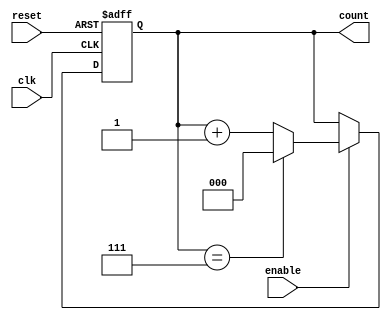
module modulus_counter #(
    parameter MODULUS = 8  // Set the modulus value (should be greater than 0)
)(
    input wire clk,        // Clock input
    input wire reset,      // Reset input (active high)
    input wire enable,     // Enable input (optional)
    output reg [$clog2(MODULUS)-1:0] count // Count output
);

// Internal register to hold the current count
reg [$clog2(MODULUS)-1:0] next_count;

// Synchronous process for the counter
always @(posedge clk or posedge reset) begin
    if (reset) begin
        count <= 0;  // Reset the count to zero
    end else if (enable) begin
        count <= next_count;  // Update count with the next count value
    end
end

// Combinational logic to determine the next count value
always @(*) begin
    if (count == MODULUS - 1) begin
        next_count = 0;  // Reset to zero when modulus is reached
    end else begin
        next_count = count + 1;  // Increment count
    end
end

endmodule